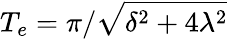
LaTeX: T_{e}=\pi/\sqrt{\delta^{2}+4\lambda^{2}}